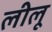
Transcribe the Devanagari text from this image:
लीलू